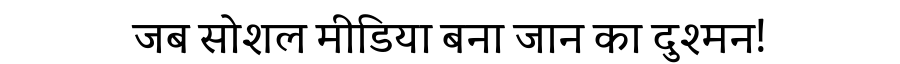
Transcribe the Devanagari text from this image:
जब सोशल मीडिया बना जान का दुश्मन!